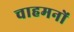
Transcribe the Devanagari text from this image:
चाहमनों